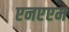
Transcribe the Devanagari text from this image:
एनएएम